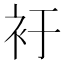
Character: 衧